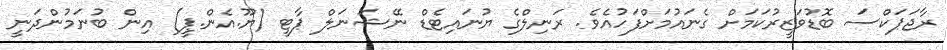
ރާޖަޕަކްސަ ބޮޑުވަޒީރުކަމަށް ގެނައުމަށްފަހުއެވެ. ރަަނިލްގެ ޔުނައިޓެޑް ނޭޝަނަލް ޕާޓީ (ޔޫ.އެން.ޕީ) އިން ބުނަމުންދަނީ